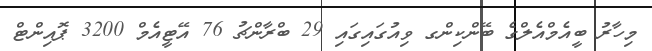
މިހާރު ބީއެމްއެލްގެ ބޭންކިންގ ވިއުގައިގައި 29 ބްރާންޗު 76 އޭޓީއެމް 3200 ޕޮއިންޓް